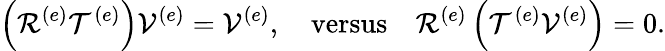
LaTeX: \left(\mathcal{R}^{\left(e\right)}\mathcal{T}^{\left(e\right)}\right)\mathcal{V}^{\left(e\right)}=\mathcal{V}^{\left(e\right)},\quad\mathrm{versus}\quad\mathcal{R}^{\left(e\right)}\left(\mathcal{T}^{\left(e\right)}\mathcal{V}^{\left(e\right)}\right)=0.